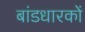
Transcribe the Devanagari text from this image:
बांडधारकों